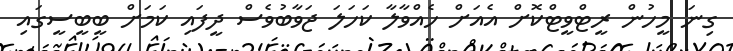
ގިނަ މީހުން ރީޓްވީޓްކޮށް އެއަށް ހެއްވާލާ ކަހަލަ ޖަވާބުވެސް ދީފައި ކަމަށް ބީބީސީގައި